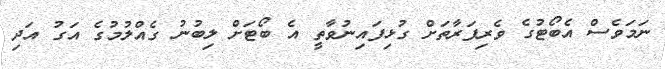
ނަމަވެސް އެބޯޓުގެ ވެރިފަރާތަށް ގުޅިފައިނުވާތީ އެ ބޯޓަށް ލިބުނު ގެއްލުމުގެ އަގު އަދި